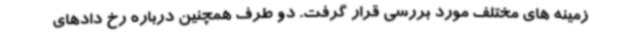
زمینه های مختلف مورد بررسی قرار گرفت. دو طرف همچنین درباره رخ دادهای